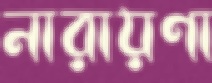
নারায়ণা